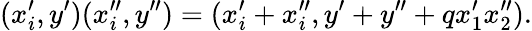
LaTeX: (x_{i}^{\prime},y^{\prime})(x_{i}^{\prime\prime},y^{\prime\prime})=(x_{i}^{\prime}+x_{i}^{\prime\prime},y^{\prime}+y^{\prime\prime}+qx_{1}^{\prime}x_{2}^{\prime\prime}).